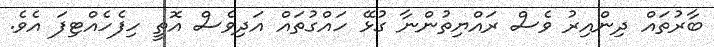
ބާރުތައް ދިންއިރު ވެސް ރައްޔިތުންނާ ގުޅޭ ހައްގުތައް އަދިވެސް އޮތީ ހިފެހެއްޓިފަ އެވެ.